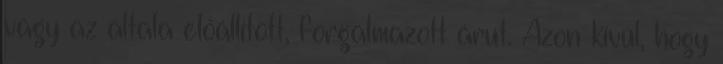
vagy az általa előállított, forgalmazott árut. Azon kívül, hogy